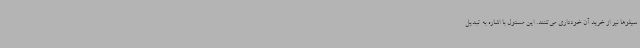
سیلوها نیز از خرید آن خودداری می‌کنند. این مسئول با اشاره به تبدیل